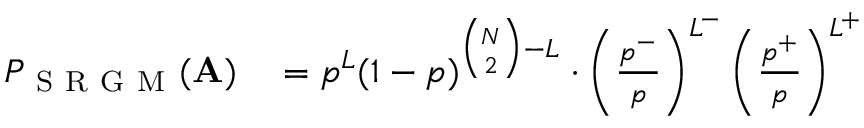
\begin{array} { r l } { P _ { \mathrm { ~ S ~ R ~ G ~ M ~ } } ( \mathbf { A } ) } & { { } = p ^ { L } ( 1 - p ) ^ { \binom { N } { 2 } - L } \cdot \left( \frac { p ^ { - } } { p } \right) ^ { L ^ { - } } \left( \frac { p ^ { + } } { p } \right) ^ { L ^ { + } } } \end{array}